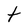
Character: t